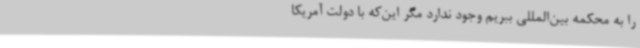
را به محکمه بین‌المللی ببریم وجود ندارد مگر این‌که با دولت آمریکا